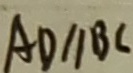
A D / / B C